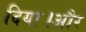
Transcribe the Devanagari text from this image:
दिया।और